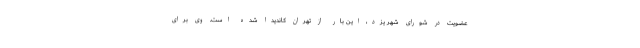
عضویت در شورای شهر یزد، این بار از تهران کاندیدا شده است. وی برای